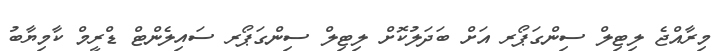
މިރާއްޖެ ލިޓިލް ސިންގަޕޯރ އަށް ބަދަލުކޮށް ލިޓިލް ސިންގަޕޯރ ސައިލެންޓް ޑްރީމް ކާމިޔާބު